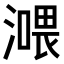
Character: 𣾿